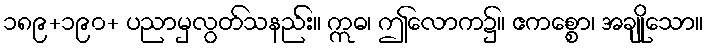
၁၈၉+၁၉၀+ ပညာမှလွတ်သနည်း။ ဣဓ၊ ဤလောက၌။ ဧကစ္စော၊ အချိုသော။